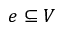
e \subseteq V